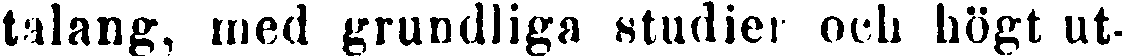
talang, med grundliga studier och högt ut-